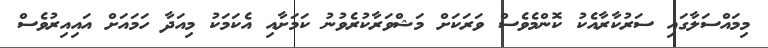
މިމައްސަލާގައި ސަރުކާރާއެކު ކޮންމެވެސް ވަރަކަށް މަޝްވަރާކުރެވުނު ކަމަށާއި އެކަމަކު މިއަދާ ހަމައަށް އައިއިރުވެސް